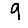
Digit: 9